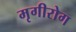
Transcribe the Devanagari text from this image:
मृगीरोग